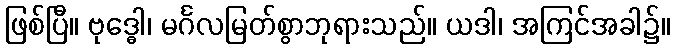
ဖြစ်ပြီ။ ဗုဒ္ဓေါ၊ မင်္ဂလမြတ်စွာဘုရားသည်။ ယဒါ၊ အကြင်အခါ၌။